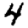
Digit: 4